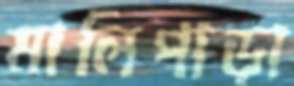
মালিপাড়া